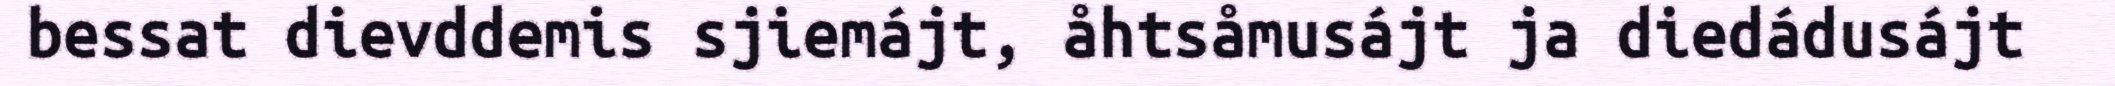
bessat dievddemis sjiemájt, åhtsåmusájt ja diedádusájt